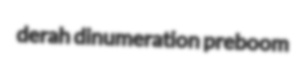
derah dinumeration preboom